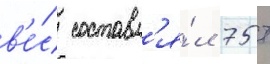
в'е́с составл'я́л 75 т